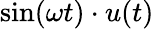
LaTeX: \sin(\omega t)\cdot u(t)